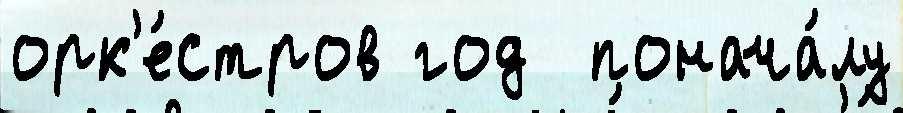
орк'е́стров год  понача́лу